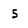
Character: 5